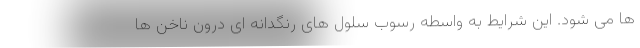
ها می شود. این شرایط به واسطه رسوب سلول های رنگدانه ای درون ناخن ها